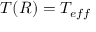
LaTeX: T ( R ) = T _ { e f f }